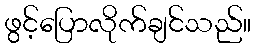
ဖွင့်ပြောလိုက်ချင်သည်။